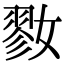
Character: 𡠢